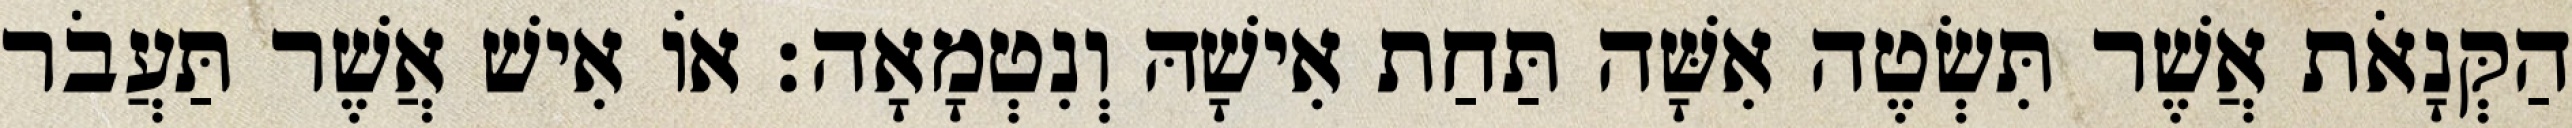
הַקְּנָאֹת אֲשֶׁר תִּשְׂטֶה אִשָּׁה תַּחַת אִישָׁהּ וְנִטְמָאָה׃ אוֹ אִישׁ אֲשֶׁר תַּעֲבֹר